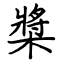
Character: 槳